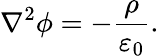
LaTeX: {\nabla}^{2}\phi=-{\frac{\rho}{\varepsilon_{0}}}.